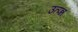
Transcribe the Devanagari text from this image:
उत्प्न्न